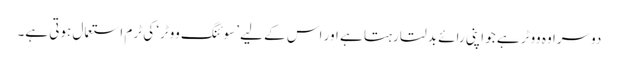
دوسرا وہ ووٹر ہے جو اپنی رائے بدلتا رہتا ہے اور اس کے لیے ’سوئنگ ووٹر‘ کی ٹرم استعمال ہوتی ہے۔